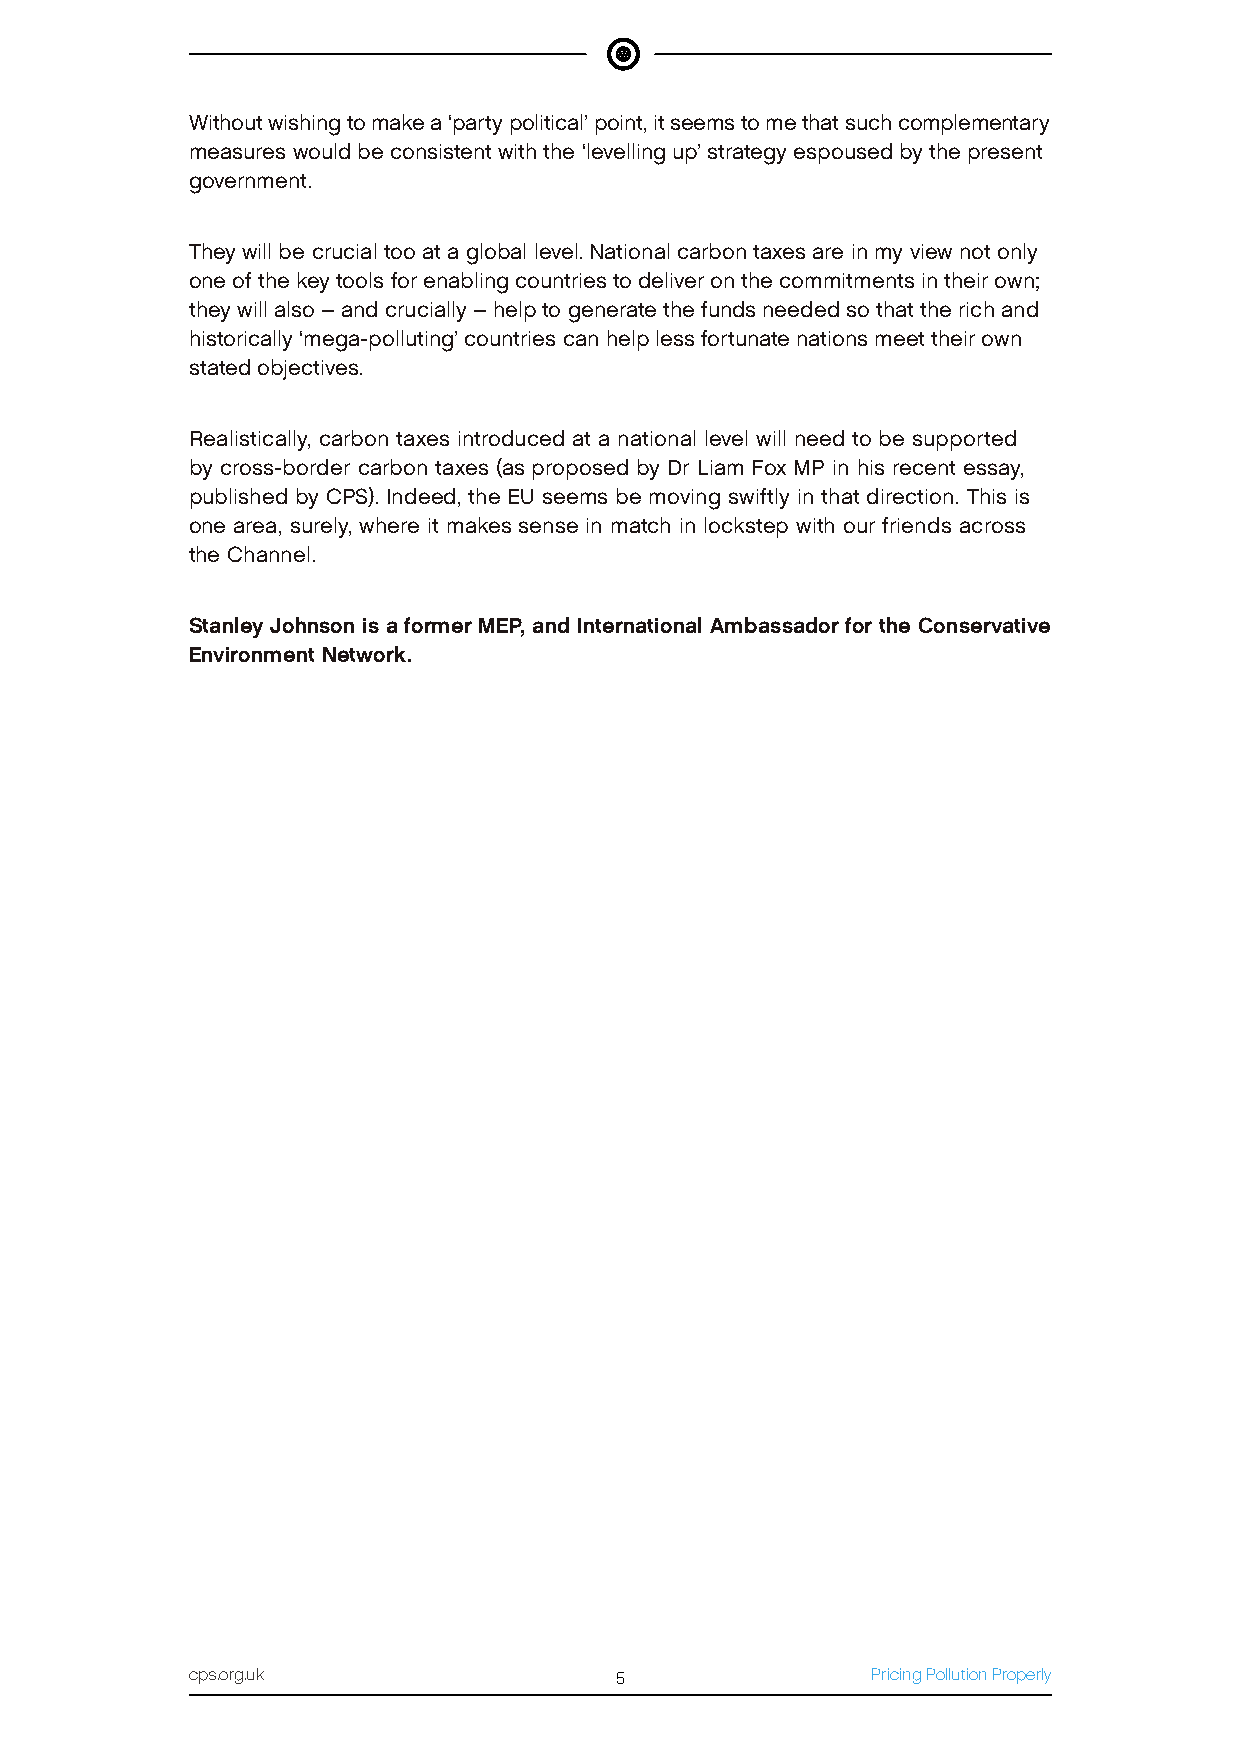
Without wishing to make a ‘party political’ point, it seems to me that such complementary
 measures would be consistent with the ‘levelling up’ strategy espoused by the present
 government.
 They will be crucial too at a global level. National carbon taxes are in my view not only
 one of the key tools for enabling countries to deliver on the commitments in their own;
 they will also – and crucially – help to generate the funds needed so that the rich and
 historically ‘mega-polluting’ countries can help less fortunate nations meet their own
 stated objectives.
 Realistically, carbon taxes introduced at a national level will need to be supported
 by cross-border carbon taxes (as proposed by Dr Liam Fox MP in his recent essay,
 published by CPS). Indeed, the EU seems be moving swiftly in that direction. This is
 one area, surely, where it makes sense in match in lockstep with our friends across
 the Channel.
 Stanley Johnson is a former MEP, and International Ambassador for the Conservative
 Environment Network.
 cps.org.uk                  5                Pricing Pollution Properly